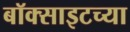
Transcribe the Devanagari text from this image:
बॉक्साइटच्या